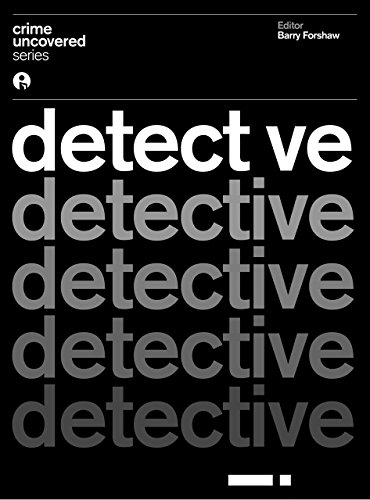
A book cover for Crime Uncovered: Detective; Mystery, Thriller & Suspense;